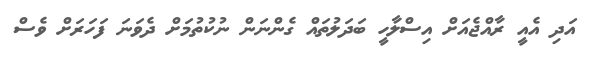
އަދި އެއީ ރާއްޖެއަށް އިސްލާހީ ބަދަލުތައް ގެންނަން ނުކުތުމަށް ދެވަނަ ފަހަރަށް ވެސް